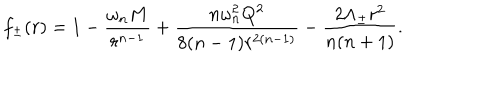
f _ { \pm } ( r ) = 1 - \frac { \omega _ { n } M } { r ^ { n - 1 } } + \frac { n \omega _ { n } ^ { 2 } Q ^ { 2 } } { 8 ( n - 1 ) r ^ { 2 ( n - 1 ) } } - \frac { 2 \Lambda _ { \pm } r ^ { 2 } } { n ( n + 1 ) } .